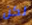
لكن